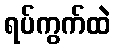
ရပ်ကွက်ထဲ